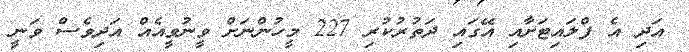
އަދި އެ ފްލައިޓަށާއި އޭގައި ދަތުުރުކުރި 227 މީހުންނަށް ވީނުވީއެއް އަދިވެސް ވަނީ